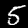
Digit: 5